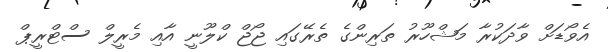
އެވޯޑަށް ވާދަކުރާ މަޝްހޫރު ތަރިންގެ ތެރޭގައި ޖޯޖް ކްލޫނީ އާއި މެރީލް ސްޓްރީޕް